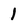
Character: 1